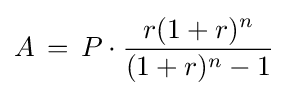
A\,=\,P\cdot {\frac {r(1+r)^{n}}{(1+r)^{n}-1}}